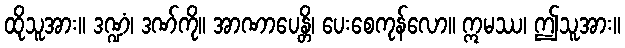
ထိုသူအား။ ဒဏ္ဍံ၊ ဒဏ်ကို။ အာဏာပေန္တိ၊ ပေးစေကုန်လော။ ဣမဿ၊ ဤသူအား။